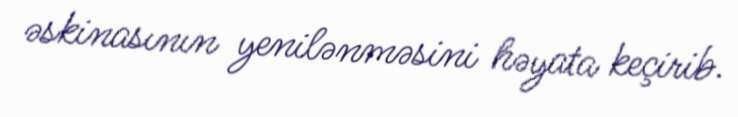
əskinasının yenilənməsini həyata keçirib.